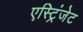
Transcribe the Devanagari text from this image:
एस्ट्रिंजेट